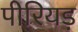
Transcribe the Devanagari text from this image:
पीरियड़